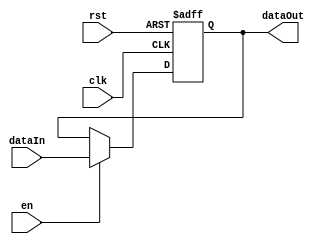
module reg32B(clk, rst, en, dataIn, dataOut);
        input clk, rst, en;
        input [31:0] dataIn;
        output [31:0] dataOut;
        reg [31:0] savedData;
        
        always @(posedge clk, posedge rst) begin 
                if (rst) 
                        savedData = 32'b0;

                else if (en)
                        savedData = dataIn;
        end

        assign dataOut = savedData;
endmodule